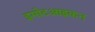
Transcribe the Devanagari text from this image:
इमोटआइकन